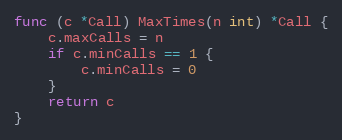
Language: Go
func (c *Call) MaxTimes(n int) *Call {
	c.maxCalls = n
	if c.minCalls == 1 {
		c.minCalls = 0
	}
	return c
}